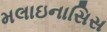
મલાઇનાસિસ